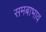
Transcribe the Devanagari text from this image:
समबाभाव